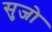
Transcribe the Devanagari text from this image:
सुजो